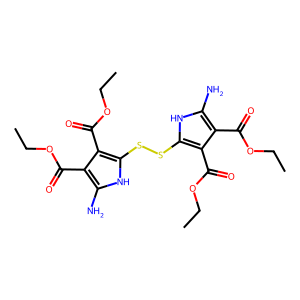
SMILES: CCOC(=O)c1c(N)[nH]c(SSc2[nH]c(N)c(C(=O)OCC)c2C(=O)OCC)c1C(=O)OCC
Inhibits HIV replication: No